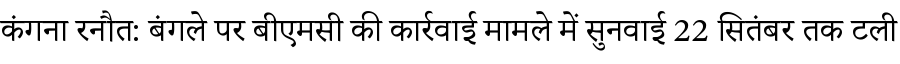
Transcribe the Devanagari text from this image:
कंगना रनौत: बंगले पर बीएमसी की कार्रवाई मामले में सुनवाई 22 सितंबर तक टली